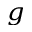
_ g